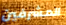
المشرفين